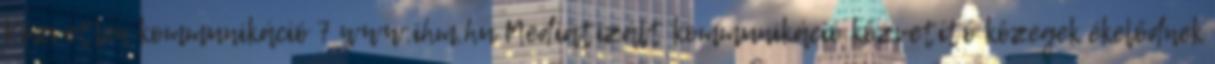
Közvetlen kommunikáció 7 www.ihm.hu Mediatizált kommunikáció közvetítő közegek ékelődnek